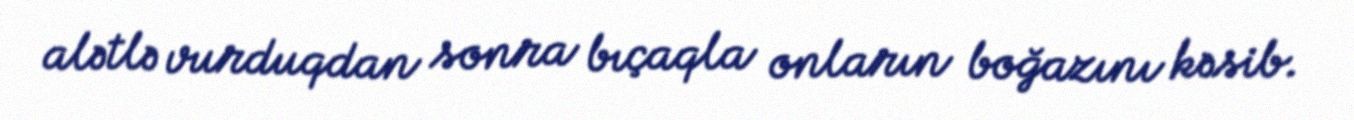
alətlə vurduqdan sonra bıçaqla onların boğazını kəsib.